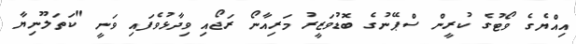
އިއްޔެގެ ވޯޓުގެ ކުރީން ސްޕޭނުގެ ބޮޑުވަޒީރު މަރިއާނޯ ރަޖޯއި ވިދާޅުވެފައި ވަނީ "ކަތަލޫނިޔާ